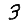
Digit: 3